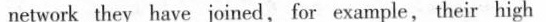
network they have joined, for example, their high